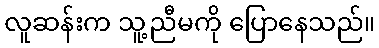
လူဆန်းက သူ့ညီမကို ပြောနေသည်။